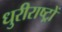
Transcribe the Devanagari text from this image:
धुरीराष्ट्रों